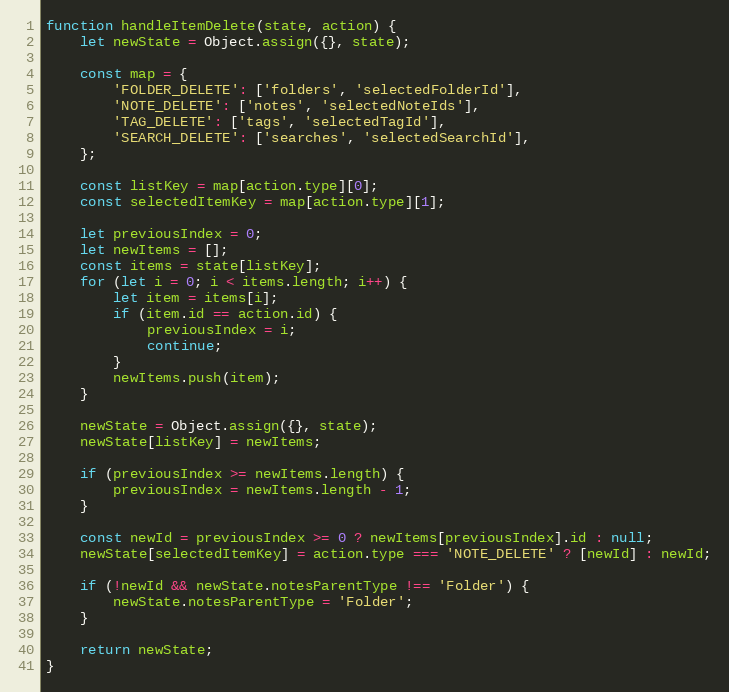
Language: JavaScript
function handleItemDelete(state, action) {
	let newState = Object.assign({}, state);

	const map = {
		'FOLDER_DELETE': ['folders', 'selectedFolderId'],
		'NOTE_DELETE': ['notes', 'selectedNoteIds'],
		'TAG_DELETE': ['tags', 'selectedTagId'],
		'SEARCH_DELETE': ['searches', 'selectedSearchId'],
	};

	const listKey = map[action.type][0];
	const selectedItemKey = map[action.type][1];

	let previousIndex = 0;
	let newItems = [];
	const items = state[listKey];
	for (let i = 0; i < items.length; i++) {
		let item = items[i];
		if (item.id == action.id) {
			previousIndex = i;
			continue;
		}
		newItems.push(item);
	}

	newState = Object.assign({}, state);
	newState[listKey] = newItems;

	if (previousIndex >= newItems.length) {
		previousIndex = newItems.length - 1;
	}

	const newId = previousIndex >= 0 ? newItems[previousIndex].id : null;
	newState[selectedItemKey] = action.type === 'NOTE_DELETE' ? [newId] : newId;

	if (!newId && newState.notesParentType !== 'Folder') {
		newState.notesParentType = 'Folder';
	}

	return newState;
}